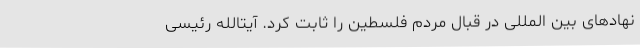
نهادهای بین المللی در قبال مردم فلسطین را ثابت کرد. آیتالله رئیسی